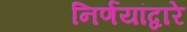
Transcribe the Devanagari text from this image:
निर्णयांद्वारे